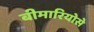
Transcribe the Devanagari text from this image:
बीमारियोसे